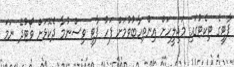
ޕާޓީގެ ޓިކެޓުގައި މަޖިލީހަށް އިންތިހާބުވުމަށް ފަހު ޕާޓީ ވިސްނުމާ ދެކޮޅަށް ވޯޓުދޭ ނަމަ